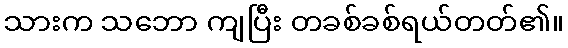
သားက သဘော ကျပြီး တခစ်ခစ်ရယ်တတ်၏။